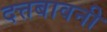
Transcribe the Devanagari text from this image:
दत्तबावनी